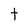
Character: t